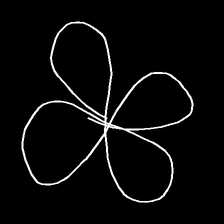
Glyph: billowing